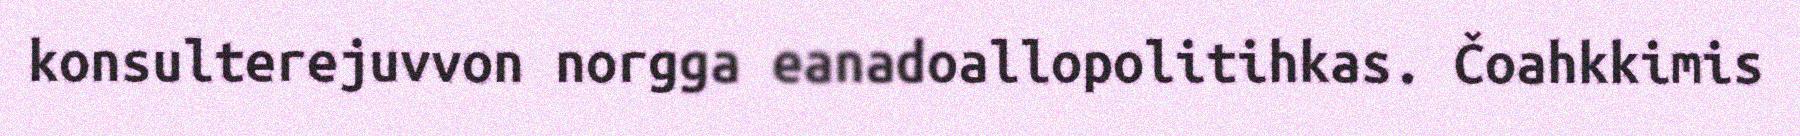
konsulterejuvvon norgga eanadoallopolitihkas. Čoahkkimis